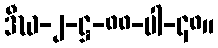
ဒီဃ-၂-ဋ္ဌ-၈၈-ပါ-၄၈။